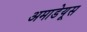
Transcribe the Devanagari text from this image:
अमाडेयूस